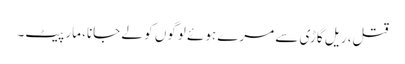
قتل، ریل گاڑی سے مرے ہوئے لوگوں کو لے جانا، مار پیٹ۔